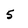
Character: 5